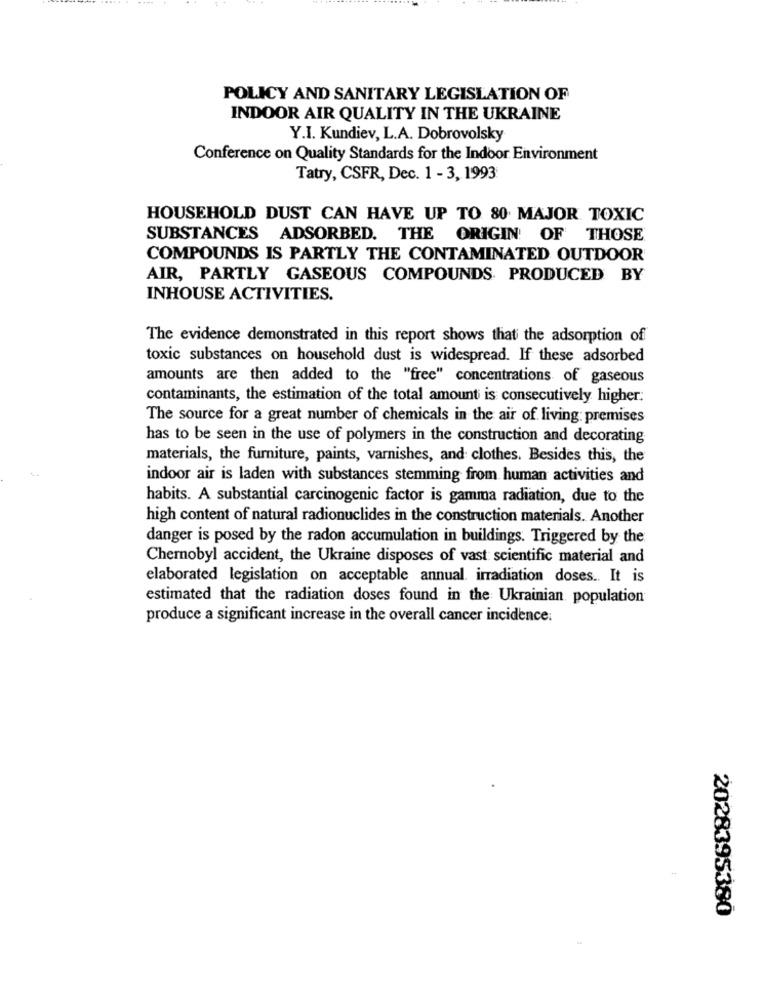
POLICY AND SANITARY LEGISLATION OF
INDOOR AIR QUALITY IN THE UKRAINE
Y.I. Kundiev, L.A. Dobrovolsky
Conference on Quality Standards for the Indoor Environment
Tatry, CSFR, Dec. 1 - 3, 1993
HOUSEHOLD DUST CAN HAVE UP TO 80 MAJOR TOXIC
SUBSTANCES ADSORBED. THE
ORIGIN OF THOSE
COMPOUNDS IS PARTLY THE CONTAMINATED OUTDOOR
AIR, PARTLY GASEOUS COMPOUNDS PRODUCED BY
INHOUSE ACTIVITIES.
The evidence demonstrated in this report shows that the adsorption of
toxic substances on household dust is widespread. If these adsorbed
amounts are then added to the "free" concentrations of gaseous
contaminants, the estimation of the total amount is consecutively higher:
The source for a great number of chemicals in the air of living: premises
has to be seen in the use of polymers in the construction and decorating
materials, the furniture, paints, varnishes, and clothes. Besides this, the
indoor air is laden with substances stemming from human activities and
habits. A substantial carcinogenic factor is gamma radiation, due to the
high content of natural radionuclides in the construction materials. Another
danger is posed by the radon accumulation in buildings. Triggered by the
Chernobyl accident, the Ukraine disposes of vast scientific material and
elaborated legislation on acceptable annual. irradiation doses .. It is
estimated that the radiation doses found in the Ukrainian population
produce a significant increase in the overall cancer incidence:
2028395380